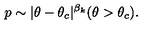
p \sim | \theta - \theta _ { c } | ^ { \beta _ { k } } ( \theta > \theta _ { c } ) .